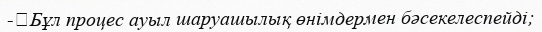
-	Бұл процес ауыл шаруашылық өнімдермен бәсекелеспейді;